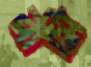
রামি